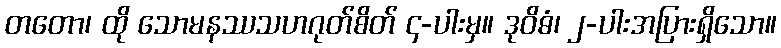
တတော၊ ထို သောမနဿသဟဂုတ်စိတ် ၄-ပါးမှ။ ဒုဝိဓံ၊ ၂-ပါးအပြားရှိသော။